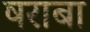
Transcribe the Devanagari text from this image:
षराबा